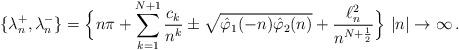
LaTeX: \begin{align*}\{\lambda^+_n,\lambda^-_n\}= \Big\{ n\pi +\sum_{k=1}^{N+1}\frac{c_k}{n^k} \pm\sqrt{\hat \varphi_1(-n) \hat\varphi_2(n)} +\frac{\ell^2_n}{n^{N+\frac{1}{2}}}\Big\}\,\,|n|\to \infty\,.\end{align*}